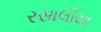
રસાલીયા